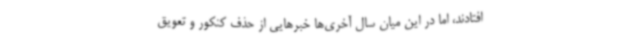
افتادند، اما در این میان‌ سال آخری‌ها خبر‌هایی از حذف کنکور و تعویق